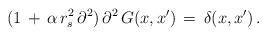
\begin{align*}(1\,+\,\alpha\,r_s^2\,\partial^2)\,\partial^2\,G(x,x')\,=\,\delta(x,x')\,{.}\end{align*}